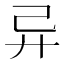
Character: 异